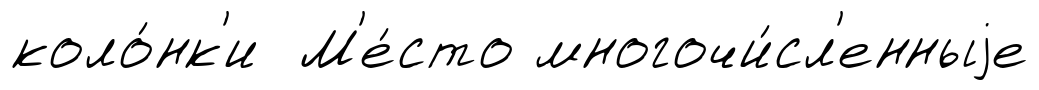
коло́нк'и М'е́сто многочи́сл'енныjе